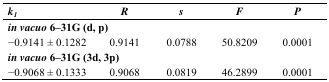
<table><thead><tr><td><b><i>k</i><i><sub>1</sub></i></b></td><td><b><i>R</i></b></td><td><b><i>s</i></b></td><td><b><i>F</i></b></td><td><b><i>P</i></b></td></tr></thead><tbody><tr><td colspan="5"><b><i>in vacuo</i></b><b>6–31G (d, p)</b></td></tr><tr><td>−0.9141 ± 0.1282</td><td>0.9141</td><td>0.0788</td><td>50.8209</td><td>0.0001</td></tr><tr><td colspan="5"><b><i>in vacuo</i></b><b>6–31G (3d, 3p)</b></td></tr><tr><td>−0.9068 ± 0.1333</td><td>0.9068</td><td>0.0819</td><td>46.2899</td><td>0.0001</td></tr></tbody></table>